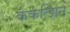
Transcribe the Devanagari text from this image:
केकेत्झिन